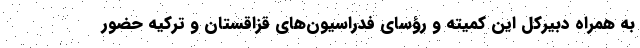
به همراه دبیرکل این کمیته و رؤسای فدراسیون‌های قزاقستان و ترکیه حضور